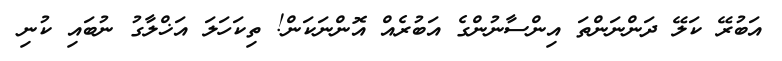
އަބުރޭ ކަލޭ ދަންނަންތަ އިންސާނުންގެ އަބުރެއް އޮންނަކަން! ތިކަހަލަ އަޚްލާގު ނުބައި ކުނި